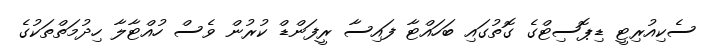
ސެކިއުރިޓީ ޑިޕޮސިޓްގެ ގޮތުގައި ބަހައްޓާ ފައިސާ ރީފަންޑް ކުރުން ވެސް ހުއްޓާލާ ހިދުމަތްތަކުގެ